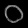
Digit: ၀